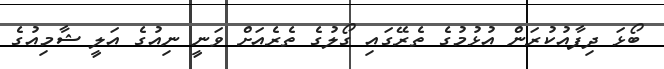
ބޯޅަ ދިފާއުކުރަން އުޅުމުގެ ތެރޭގައި ގޯލުގެ ތެރެއަށް ވަނީ ނިއުގެ އަލީ ޝާމިއުގެ